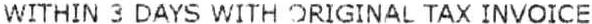
WITHIN 3 DAYS WITH ORIGINAL TAX INVOICE